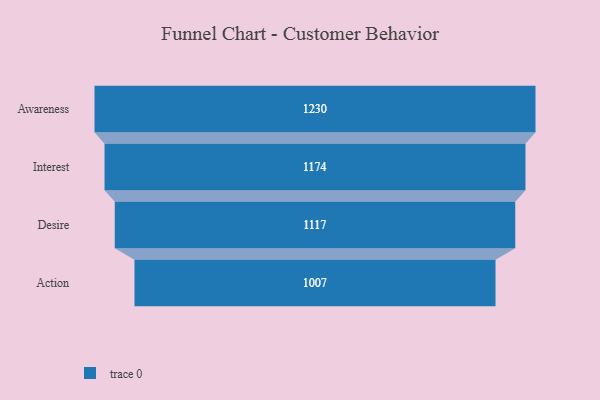
{"axis": {"x": "Stage", "y": "Value"}, "legend": [""], "data": [{"x": "Awareness", "y": 1230.0, "type": ""}, {"x": "Interest", "y": 1174.0, "type": ""}, {"x": "Desire", "y": 1117.0, "type": ""}, {"x": "Action", "y": 1007.0, "type": ""}]}